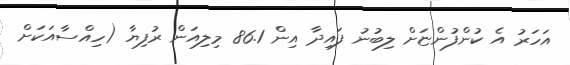
އަހަރު އެ ކުންފުންޏަށް ލިބުނު ފައިދާ އިން 86.1 މިލިއަން ރުފިޔާ (ހިއްސާއަކަށް